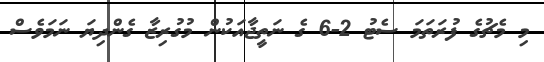
މި މެޗުގެ ފުރަތަމަ ސެޓު 2-6 ގެ ނަތީޖާއަކުން މުގުރިޒާ ގެންދިޔަ ނަމަވެސް